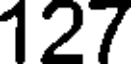
127